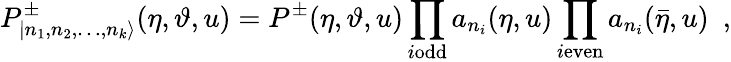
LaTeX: P_{|n_{1},n_{2},\dots,n_{k}\rangle}^{\pm}(\eta,\vartheta,u)=P^{\pm}(\eta,\vartheta,u)\prod_{i\textrm{odd}}a_{n_{i}}(\eta,u)\prod_{i\textrm{even}}a_{n_{i}}(\bar{\eta},u)\, \, \, ,